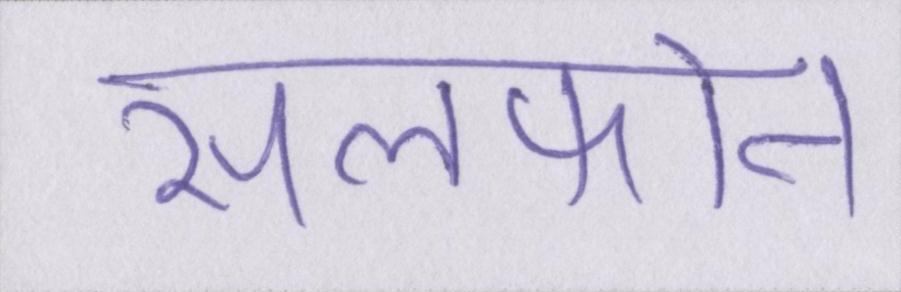
सेलफोन